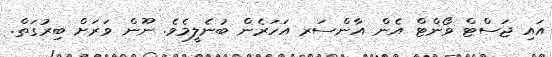
އައި ޖަސްޓް ވޯންޓް އެން އާންސަރ އަހަރެން ބުނެލީމެވެ. ނޫން ވަރަށް ބިރުގަތް.